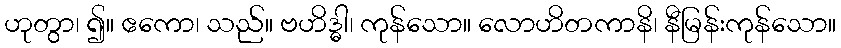
ဟုတွာ၊ ၍။ ဧကော၊ သည်။ ဗဟိဒ္ဓါ၊ ကုန်သော။ လောဟိတကာနိ၊ နီမြန်းကုန်သော။